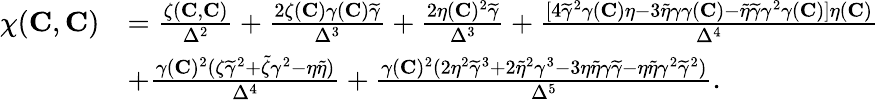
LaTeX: \begin{array}{rl}{\chi({\mathbf{C}},{\mathbf{C}})}&{=\frac{\zeta({\mathbf{C}},{\mathbf{C}})}{\Delta^{2}}+\frac{2\zeta({\mathbf{C}})\gamma({\mathbf{C}})\widetilde{\gamma}}{\Delta^{3}}+\frac{2\eta({\mathbf{C}})^{2}\widetilde{\gamma}}{\Delta^{3}}+\frac{[4\widetilde{\gamma}^{2}\gamma({\mathbf{C}})\eta-3\widetilde{\eta}\gamma\gamma({\mathbf{C}})-\widetilde{\eta}\widetilde{\gamma}\gamma^{2}\gamma({\mathbf{C}})]\eta({\mathbf{C}})}{\Delta^{4}}}\\ &{+\frac{\gamma({\mathbf{C}})^{2}(\zeta\widetilde{\gamma}^{2}+\widetilde{\zeta}\gamma^{2}-\eta\widetilde{\eta})}{\Delta^{4}}+\frac{\gamma({\mathbf{C}})^{2}(2\eta^{2}\widetilde{\gamma}^{3}+2\widetilde{\eta}^{2}\gamma^{3}-3\eta\widetilde{\eta}\gamma\widetilde{\gamma}-\eta\widetilde{\eta}\gamma^{2}\widetilde{\gamma}^{2})}{\Delta^{5}}.}\end{array}